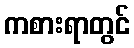
ကစားရာတွင်